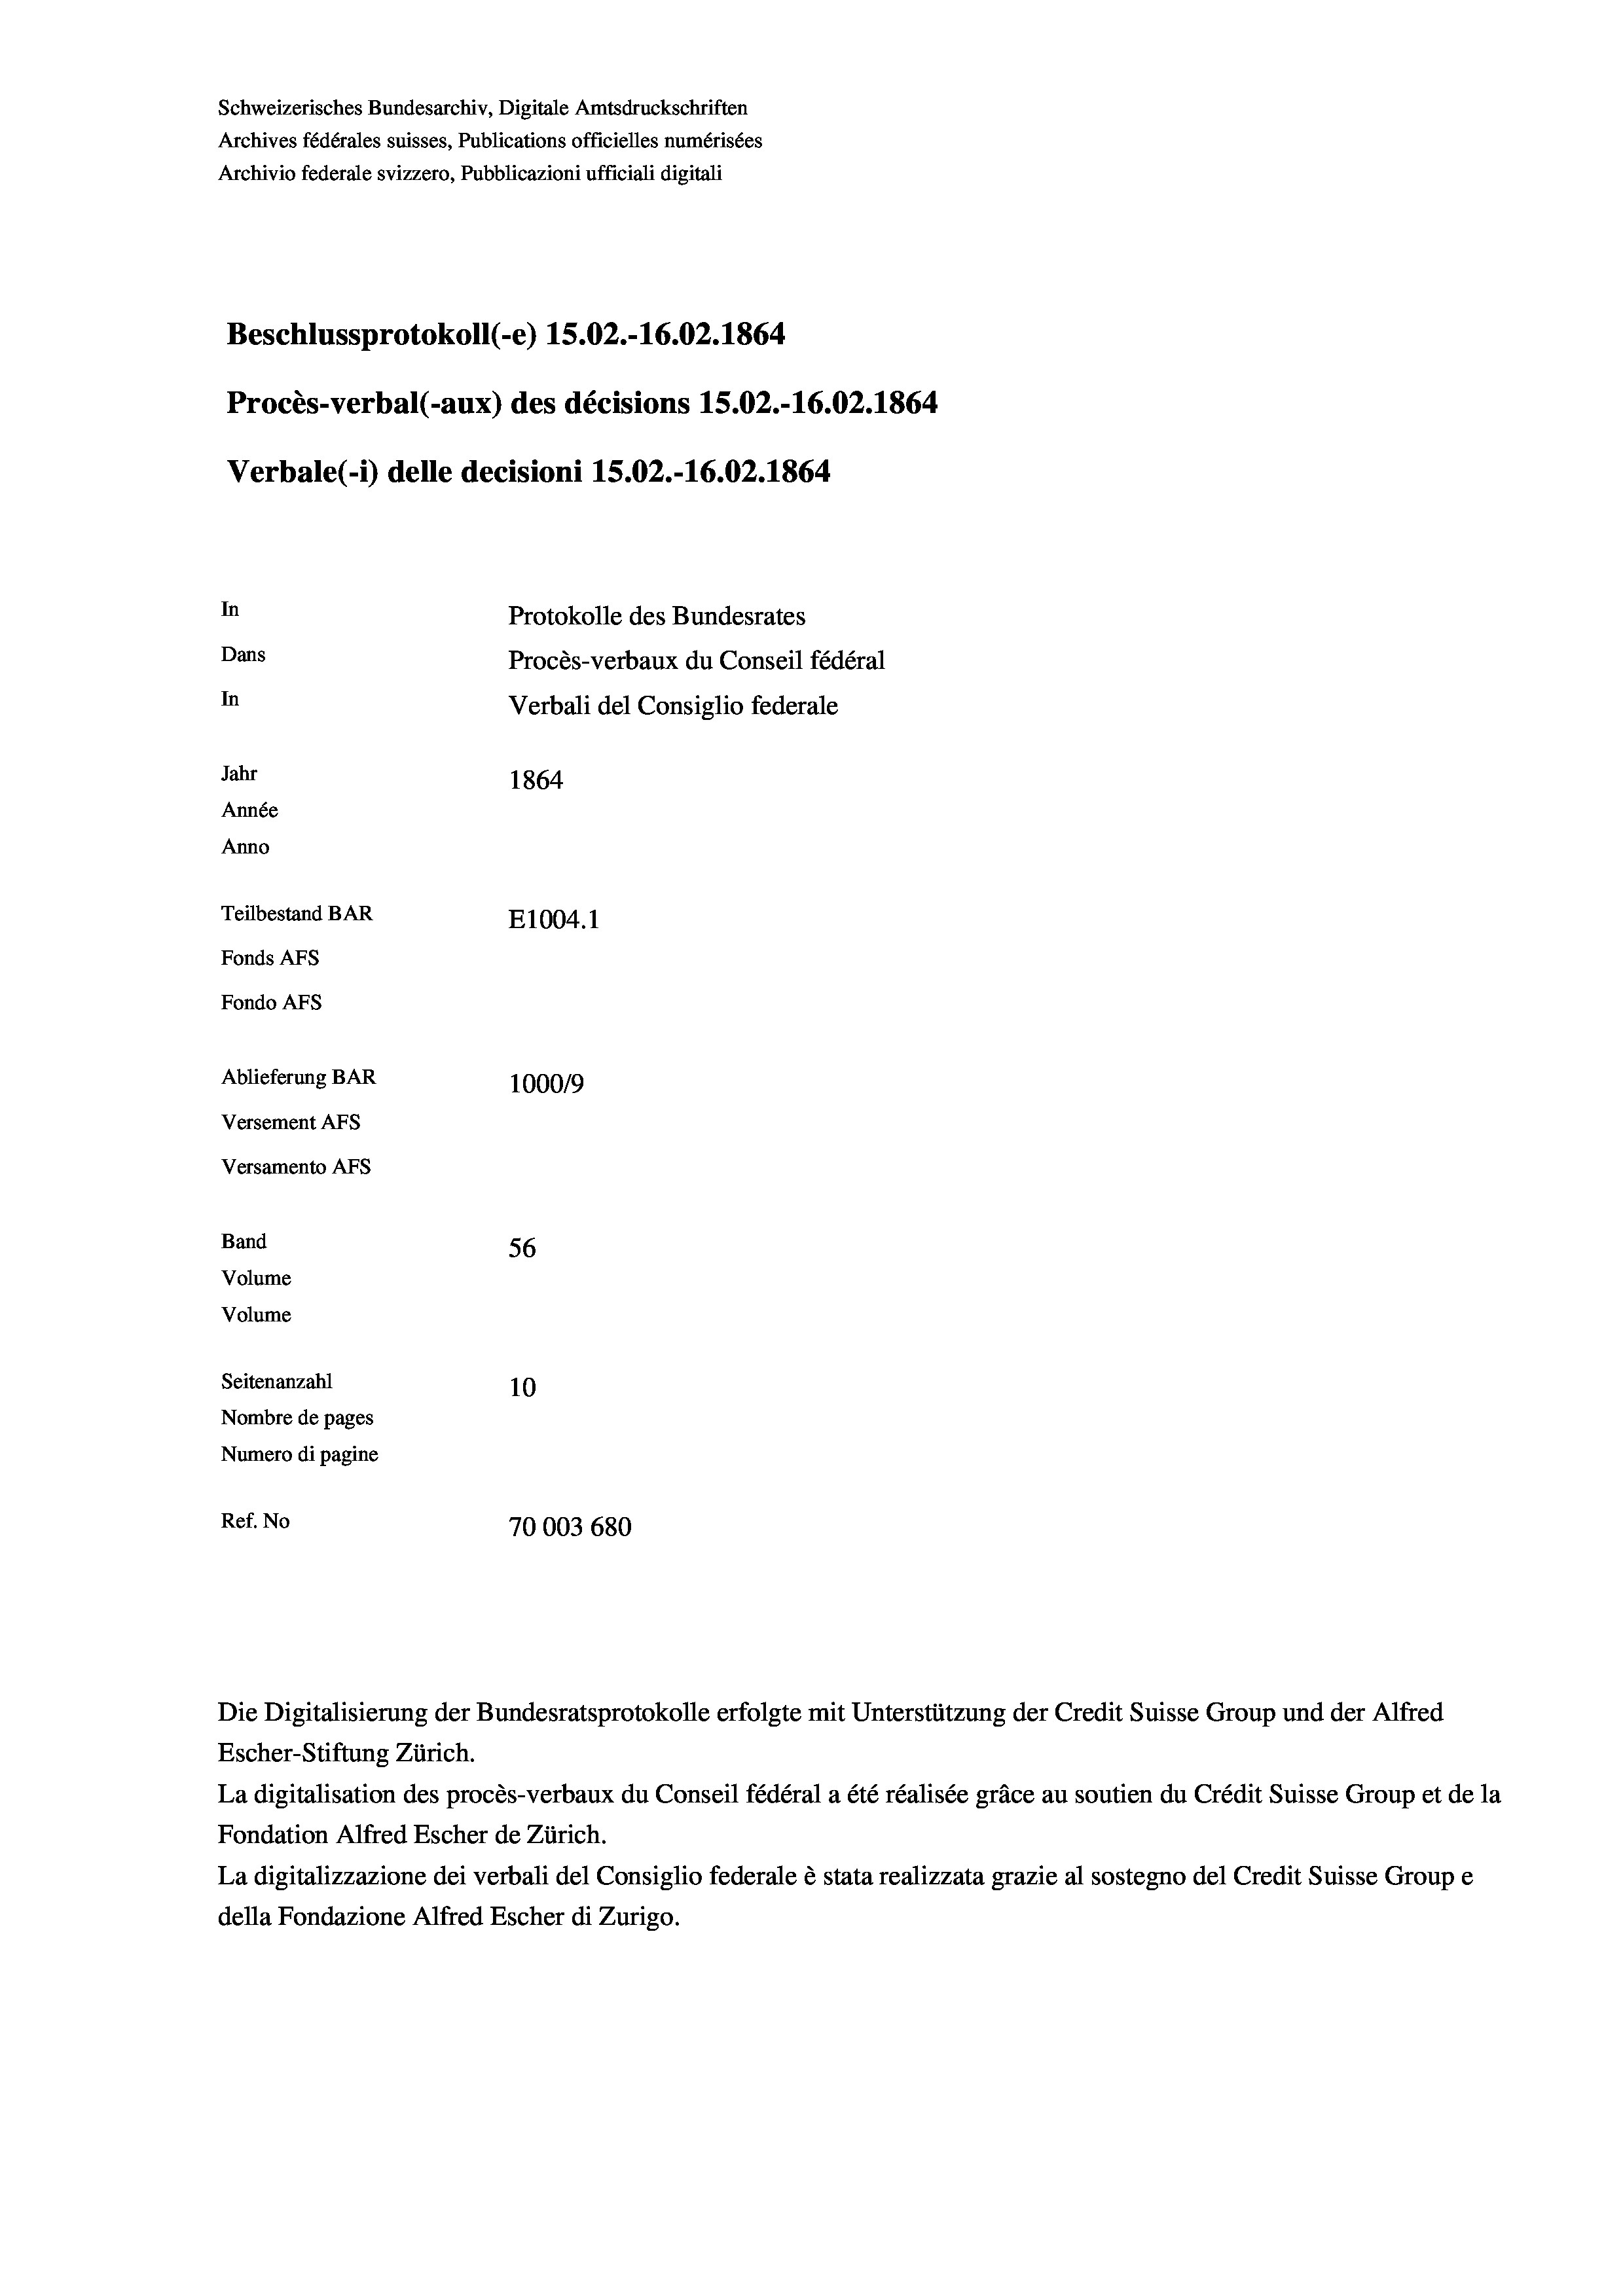
Schweizerisches Bundesarchiv, Digitale Amtsdruckschriften
Archives fédérales suisses, Publications officielles numérisées
Archivio federale svizzero, Pubblicazioni ufficiali digitali
Beschlussprotokoll (-e) 15.02.-16.02. 1864
Procès-verbal (-aux) des décisions 15.02.-16.02. 1864
Verbale(1) delle decisioni 15.02.-16.02. 1864
In
Protokolle des Bundesrates
Dans
Procès-verbaux du Conseil fédéral
In
Verbali del Consiglio federale
Jahr
1864
Année
Anno
Teilbestand BAR
E1004. 1
Fonds AFs
Fondo AFs
Ablieferung BAR
100019
Versement AFs
Versamento Afs
Band
56
Volume
Volume
Seitenanzahl
10
Nombre de pages
Numero di pagine
Ref. No
70003 680

La digitalisation des procès-verbaux du Conseil fédéral a été réalisée gräce au soutien du Crédit Suisse Group et de la
Fondation Alfred Escher de Zürich.
La digitalizzazione dei verbali del Consiglio federale è stata realizzata grazie al sostegno del Credit Suisse Groupe
della Fondazione Alfred Escher di Zurigo.

Die Digitalisierung der Bundesratsprotokolle erfolgte mit Unterstützung der Credit Suisse Group und der Alfred
Escher-Stiftung Zürich.